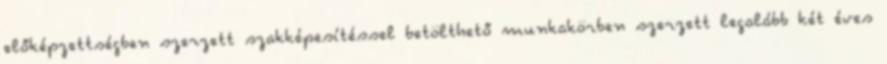
előképzettségben szerzett szakképesítéssel betölthető munkakörben szerzett legalább két éves